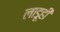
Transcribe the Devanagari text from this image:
लाडूही